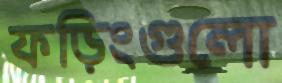
ফড়িংগুলো